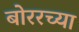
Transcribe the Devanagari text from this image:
बोररच्या